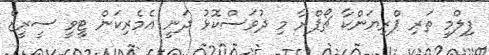
ފިލްމީ ތަރި ޕްރިޔަންކާ ޗޯޕްރާ މި ދުވަސްކޮޅު ދަނީ އެމެރިކަން ޓީވީ ސީރީޒް